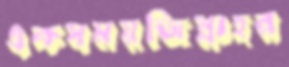
একসময়জিন্নাহর